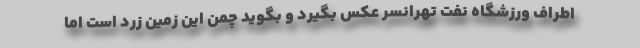
اطراف ورزشگاه نفت تهرانسر عکس بگیرد و بگوید چمن این زمین زرد است اما